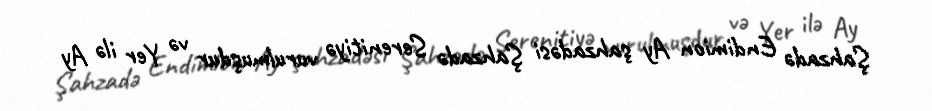
Şahzadə Endimion Ay şahzadəsi Şahzadə Serenitiyə vurulmuşdur və Yer ilə Ay